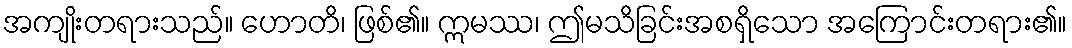
အကျိုးတရားသည်။ ဟောတိ၊ ဖြစ်၏။ ဣမဿ၊ ဤမသိခြင်းအစရှိသော အကြောင်းတရား၏။